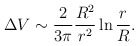
\begin{align*}\Delta V \sim \frac{2}{3\pi} \frac{R^2}{r^2} \ln \frac{r}{R}.\end{align*}